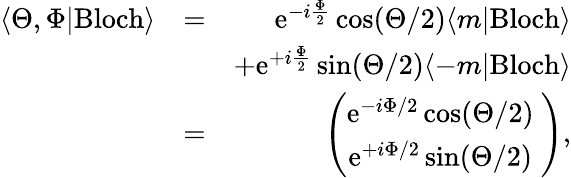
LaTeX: \begin{array}{rlr}{\langle\Theta,\Phi|\mathrm{Bloch}\rangle}&{=}&{\mathrm{e}^{-i\frac{\Phi}{2}}\cos(\Theta/2)\langle m|\mathrm{Bloch}\rangle}\\ &{}&{+\mathrm{e}^{+i\frac{\Phi}{2}}\sin(\Theta/2)\langle-m|\mathrm{Bloch}\rangle}\\ &{=}&{\left(\begin{array}{c}{\mathrm{e}^{-i\Phi/2}\cos(\Theta/2)\ }\\ {\mathrm{e}^{+i\Phi/2}\sin(\Theta/2)\ }\end{array}\right),}\end{array}